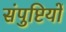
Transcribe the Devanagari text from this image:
संपुष्टियों